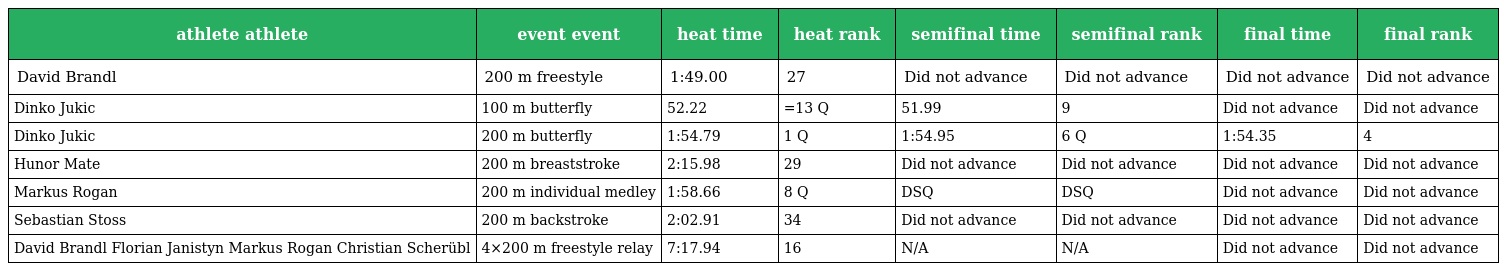
| athlete athlete | event event | heat time | heat rank | semifinal time | semifinal rank | final time | final rank |
 | --- | --- | --- | --- | --- | --- | --- | --- |
 | David Brandl | 200 m freestyle | 1:49.00 | 27 | Did not advance | Did not advance | Did not advance | Did not advance |
 | Dinko Jukic | 100 m butterfly | 52.22 | =13 Q | 51.99 | 9 | Did not advance | Did not advance |
 | Dinko Jukic | 200 m butterfly | 1:54.79 | 1 Q | 1:54.95 | 6 Q | 1:54.35 | 4 |
 | Hunor Mate | 200 m breaststroke | 2:15.98 | 29 | Did not advance | Did not advance | Did not advance | Did not advance |
 | Markus Rogan | 200 m individual medley | 1:58.66 | 8 Q | DSQ | DSQ | Did not advance | Did not advance |
 | Sebastian Stoss | 200 m backstroke | 2:02.91 | 34 | Did not advance | Did not advance | Did not advance | Did not advance |
 | David Brandl Florian Janistyn Markus Rogan Christian Scherübl | 4×200 m freestyle relay | 7:17.94 | 16 | N/A | N/A | Did not advance | Did not advance |